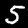
Label: 5